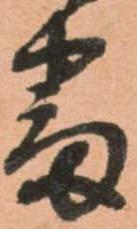
番